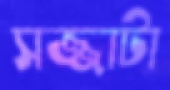
সজ্জাটা